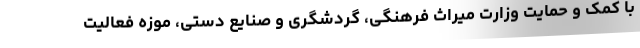
با کمک و حمایت وزارت میراث فرهنگی، گردشگری و صنایع دستی، موزه فعالیت